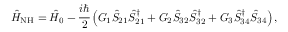
\hat { H } _ { \mathrm { N H } } = \hat { H } _ { 0 } - \cfrac { i \hslash } { 2 } \left( G _ { 1 } \hat { S } _ { 2 1 } \hat { S } _ { 2 1 } ^ { \dagger } + G _ { 2 } \hat { S } _ { 3 2 } \hat { S } _ { 3 2 } ^ { \dagger } + G _ { 3 } \hat { S } _ { 3 4 } ^ { \dagger } \hat { S } _ { 3 4 } \right) ,